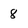
Character: 8